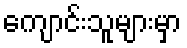
ကျောင်းသူများမှာ